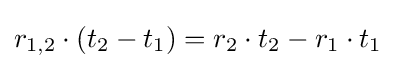
r_{1,2}\cdot \left(t_{2}-t_{1}\right)=r_{2}\cdot t_{2}-r_{1}\cdot t_{1}